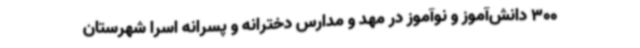
300 دانش‌آموز و نوآموز در مهد و مدارس دخترانه و پسرانه اسرا شهرستان